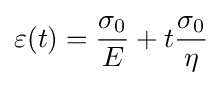
\varepsilon (t)={\frac {\sigma _{0}}{E}}+t{\frac {\sigma _{0}}{\eta }}